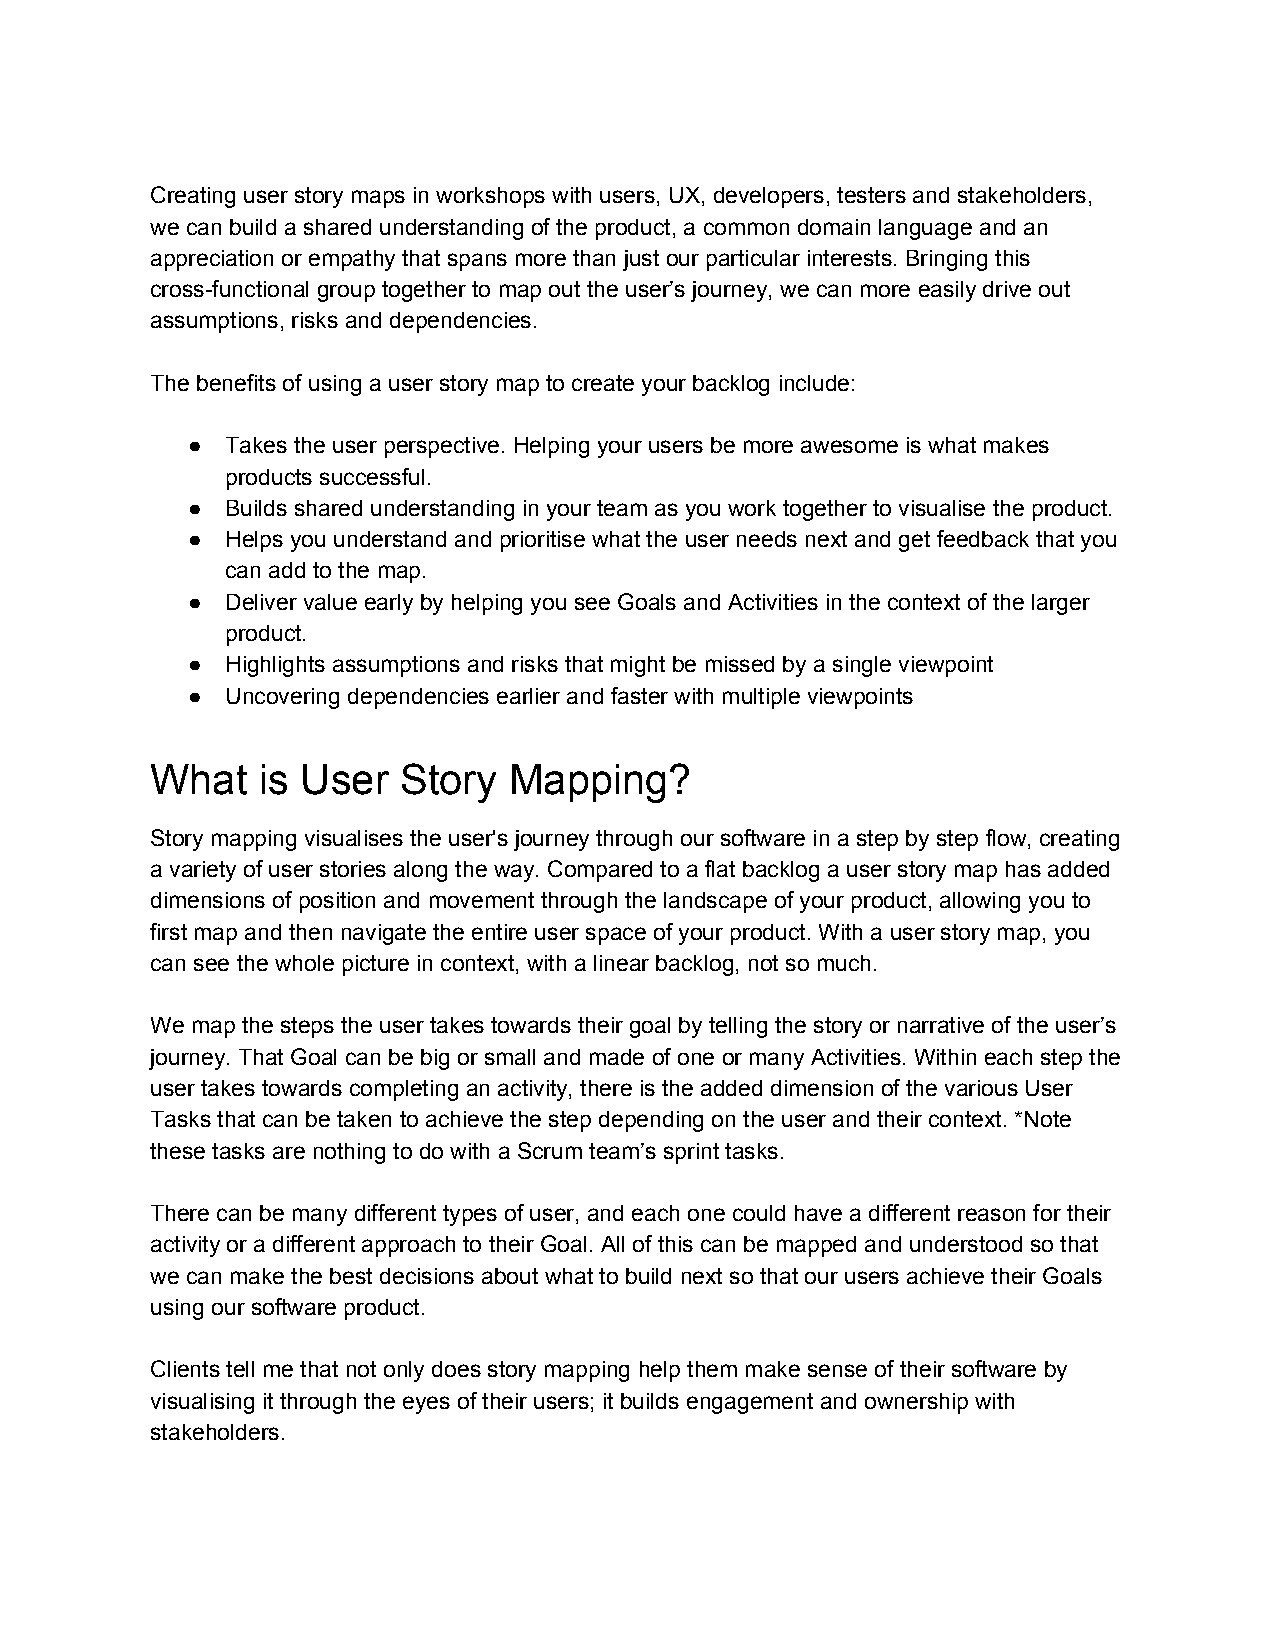
Creating user story maps in workshops with users, UX, developers, testers and stakeholders,
 we can build a shared understanding of the product, a common domain language and an
 appreciation or empathy that spans more than just our particular interests. Bringing this
 cross-functional group together to map out the user’s journey, we can more easily drive out
 assumptions, risks and dependencies.
 The benefits of using a user story map to create your backlog include:
 ●  Takes the user perspective. Helping your users be more awesome is what makes
 products successful.
 ●  Builds shared understanding in your team as you work together to visualise the product.
 ●  Helps you understand and prioritise what the user needs next and get feedback that you
 can add to the map.
 ●  Deliver value early by helping you see Goals and Activities in the context of the larger
 product.
 ●  Highlights assumptions and risks that might be missed by a single viewpoint
 ●  Uncovering dependencies earlier and faster with multiple viewpoints
 What   is User  Story   Mapping?
 Story mapping visualises the user's journey through our software in a step by step flow, creating
 a variety of user stories along the way. Compared to a flat backlog a user story map has added
 dimensions of position and movement through the landscape of your product, allowing you to
 first map and then navigate the entire user space of your product. With a user story map, you
 can see the whole picture in context, with a linear backlog, not so much.
 We map the steps the user takes towards their goal by telling the story or narrative of the user’s
 journey. That Goal can be big or small and made of one or many Activities. Within each step the
 user takes towards completing an activity, there is the added dimension of the various User
 Tasks that can be taken to achieve the step depending on the user and their context. *Note
 these tasks are nothing to do with a Scrum team’s sprint tasks.
 There can be many different types of user, and each one could have a different reason for their
 activity or a different approach to their Goal. All of this can be mapped and understood so that
 we can make the best decisions about what to build next so that our users achieve their Goals
 using our software product.
 Clients tell me that not only does story mapping help them make sense of their software by
 visualising it through the eyes of their users; it builds engagement and ownership with
 stakeholders.